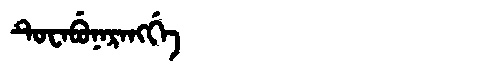
Manchu: ᡨᡠᠸᠠᠪᡠᠨᠠᡵᠠᠩᡤᡝ
Romanization: TUWABUNARANGGE